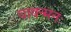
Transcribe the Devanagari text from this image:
यावन्मनः